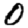
Digit: 0